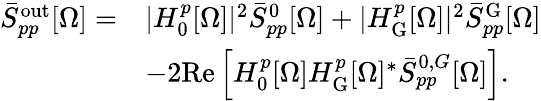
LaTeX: \begin{array}{rl}{\bar{S}_{pp}^{\mathrm{out}}[\Omega]=}&{|H_{0}^{p}[\Omega]|^{2}\bar{S}_{pp}^{0}[\Omega]+|H_{\mathrm{G}}^{p}[\Omega]|^{2}\bar{S}_{pp}^{\mathrm{G}}[\Omega]}\\ &{-2\mathrm{Re}\left[H_{0}^{p}[\Omega]H_{\mathrm{G}}^{p}[\Omega]^{*}\bar{S}_{pp}^{0,G}[\Omega]\right].}\end{array}